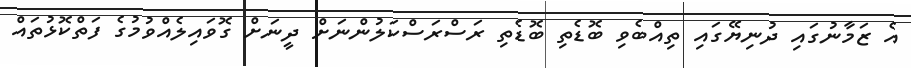
އެ ޒަމާނުގައި ދުނިޔޭގައި ތިއްބެވި ބޮޑެތި ބޮޑެތި ރަސްރަސްކަލުންނަށް ދީނަށް ގޮވައިލެއްވުމުގެ ފަތްކޮޅުތައް